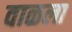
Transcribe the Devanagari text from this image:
वाळला